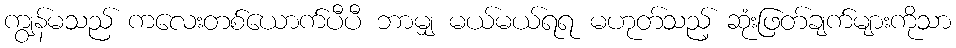
ကျွန်မသည် ကလေးတစ်ယောက်ပီပီ ဘာမျှ မယ်မယ်ရရ မဟုတ်သည့် ဆုံးဖြတ်ချက်များကိုသာ